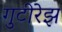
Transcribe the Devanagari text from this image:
गुटीरेझ